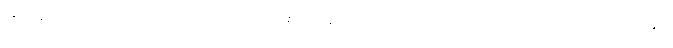
တံဆောင်မုန်းလအခါ တောက်ပသောအဆင်းရှိသော လမင်းကဲ့သို့၎င်း။ ဝိရောစိတ္တ၊ တောက်ပ၏။